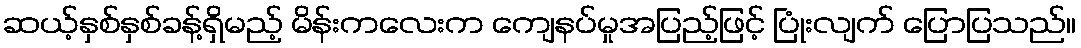
ဆယ့်နှစ်နှစ်ခန့်ရှိမည့် မိန်းကလေးက ကျေနပ်မှုအပြည့်ဖြင့် ပြုံးလျက် ပြောပြသည်။